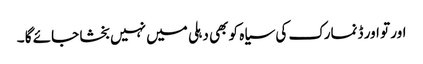
اور تو اور ڈنمارک کی سیاہ کو بھی دہلی میں نہیں بخشا جائے گا ۔